system: You are a helpful assistant.
user:
Analyze the provided spectrum to determine if it is a **Carbon Star (C-type)**.

- **Key Visual Indicators of Carbon Star:**
    - **(Primary):** Strong molecular absorption from **C₂ (diatomic carbon) "Swan Bands."** This is the **defining feature** of a carbon star.
        - **(Key Bandheads):** Sharp absorption edges are visible at approximately $5635$ Å, $5165$ Å (the strongest band), and $4737$ Å.
        - **(Line Profile):** Creates a distinct **"saw-tooth"** pattern. The key morphology is a sharp, steep bandhead on the **red (long-wavelength) side**, which then gradually tapers off (i.e., flux recovers) towards the **blue (short-wavelength) side**. *(This is the direct opposite of the TiO bands seen in M-type stars)*.

    - **(Secondary):** Intense **CN (cyanogen)** molecular absorption bands.
        - **(Key Bandheads):** Located in the blue and violet regions of the spectrum (e.g., near $4215$ Å and $3883$ Å).
        - **(Morphology):** These bands are extremely broad and act as a "blanket," absorbing the vast majority of blue and violet light. This creates a characteristic **"cliff"** or **"steep drop-off"** in the spectrum's flux at short wavelengths.

    - **(Key Confirmation):** Strong **CH absorption band (G-band)**.
        - **(Key Bandhead):** Located around $4300$ Å. The contribution from CH molecules to this band is exceptionally strong.

    - **(Overall Spectrum):**
        - The continuum is severely "chopped up" by these deep molecular bands, especially C₂, rather than appearing as a smooth curve.
        - Due to the heavy CN and C₂ absorption in the blue-green, the vast majority of the star's flux is concentrated in the red part of the spectrum, giving the star its characteristic deep red color.

Think first, call **spectral_visualization_tool** if needed to examine features in detail, then provide your final answer. Your response must adhere to the following strict rules:
1.  **Overall Structure:** Your response must follow the format `<think>...</think> <tool_call>...</tool_call> (if a tool is used) <answer>...</answer>`.
2.  **Tool Usage Constraint:** You may only make **one** tool call per turn.
3.  **Final Answer Format:** In the `<answer>` tag, your conclusion must be inside a `\boxed{}` command (e.g., `\boxed{YES}`), followed by your justification.

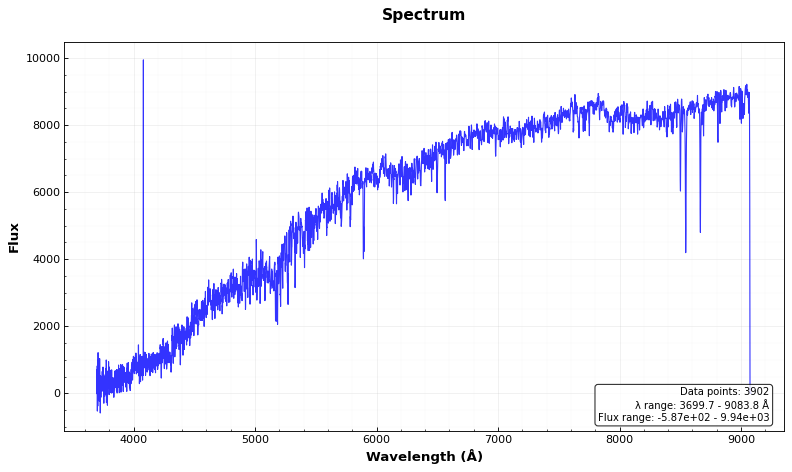
Answer: NO